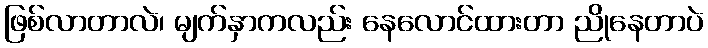
ဖြစ်လာတာလဲ၊ မျက်နှာကလည်း နေလောင်ထားတာ ညိုနေတာပဲ